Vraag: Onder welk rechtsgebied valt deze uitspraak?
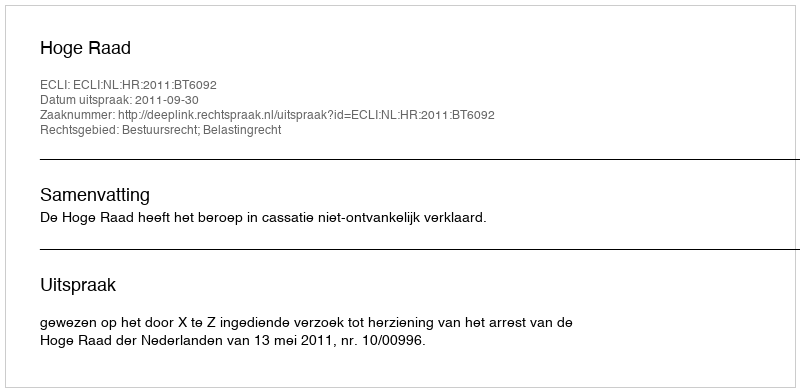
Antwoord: Bestuursrecht; Belastingrecht